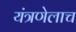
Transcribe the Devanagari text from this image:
यंत्रणेलाच